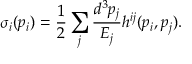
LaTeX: \sigma _ { i } ( p _ { i } ) = \frac { 1 } { 2 } \sum _ { j } \frac { d ^ { 3 } p _ { j } } { E _ { j } } h ^ { i j } ( p _ { i } , p _ { j } ) .